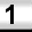
Digit: 1